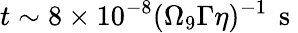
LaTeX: t\sim 8\times 10^{-8}(\Omega_{9}\Gamma\eta)^{-1}\, \mathrm{~s~}